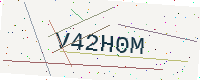
Text: V42H0M